Tezpur Lunatic Asylum reports 1877-1894 - 1877-1894
Year: 1877
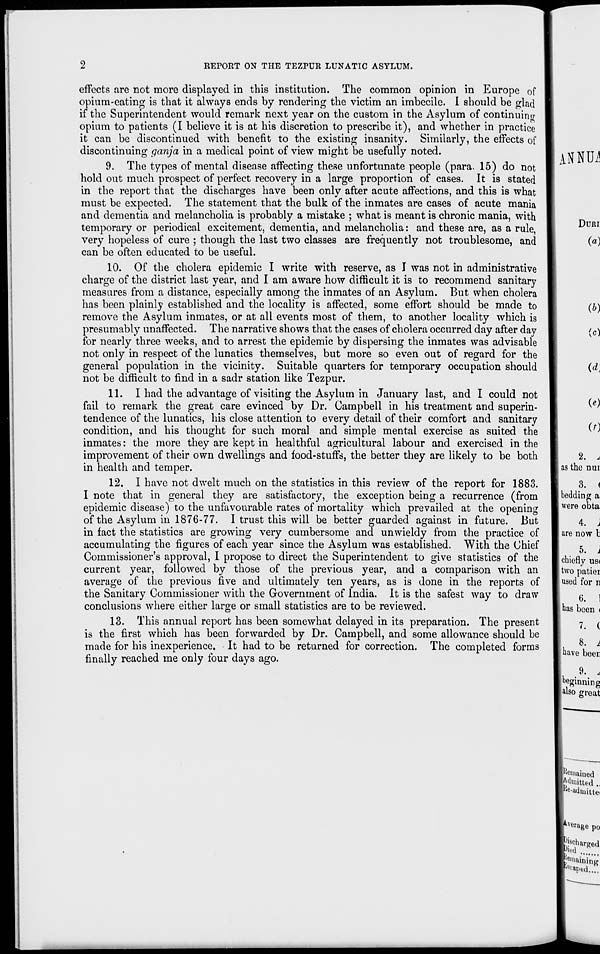
REPORT ON THE TEZPUR LUNATIC ASYLUM.
effects are not more displayed in this institution. The common opinion in Europe of
opium-eating is that it always ends by rendering the victim an imbecile. I should be glad
if the Superintendent would remark next year on the custom in the Asylum of continuing
opium to patients (I believe it is at his discretion to prescribe it), and whether in practice
it can be discontinued with benefit to the existing insanity. Similarly, the effects of
discontinuing ganja in a medical point of view might be usefully noted.
9. The types of mental disease affecting these unfortunate people (para. 15) do not
hold out much prospect of perfect recovery in a large proportion of cases. It is stated
in the report that the discharges have been only after acute affections, and this is what
must be expected. The statement that the bulk of the inmates are cases of acute mania
and dementia and melancholia is probably a mistake ; what is meant is chronic mania, with
temporary or periodical excitement, dementia, and melancholia: and these are, as a rule,
very hopeless of cure ; though the last two classes are frequently not troublesome, and
can be often educated to be useful.
10. Of the cholera epidemic I write with reserve, as I was not in administrative
charge of the district last year, and I am aware how difficult it is to recommend sanitary
measures from a distance, especially among the inmates of an Asylum. But when cholera
has been plainly established and the locality is affected, some effort should be made to
remove the Asylum inmates, or at all events most of them, to another locality which is
presumably unaffected. The narrative shows that the cases of cholera occurred day after day
for nearly three weeks, and to arrest the epidemic by dispersing the inmates was advisable
not only in respect of the lunatics themselves, but more so even out of regard for the
general population in the vicinity. Suitable quarters for temporary occupation should
not be difficult to find in a sadr station like Tezpur.
11. I had the advantage of visiting the Asylum in January last, and I could not
fail to remark the great care evinced by Dr. Campbell in his treatment and superin-
tendence of the lunatics, his close attention to every detail of their comfort and sanitary
condition, and his thought for such moral and simple mental exercise as suited the
inmates: the more they are kept in healthful agricultural labour and exercised in the
improvement of their own dwellings and food-stuffs, the better they are likely to be both
in health and temper.
12. I have not dwelt much on the statistics in this review of the report for 1883.
I note that in general they are satisfactory, the exception being a recurrence (from
epidemic disease) to the unfavourable rates of mortality which prevailed at the opening
of the Asylum in 1876-77. I trust this will be better guarded against in future. But
in fact the statistics are growing very cumbersome and unwieldy from the practice of
accumulating the figures of each year since the Asylum was established. With the Chief
Commissioner's approval, I propose to direct the Superintendent to give statistics of the
current year, followed by those of the previous year, and a comparison with an
average of the previous five and ultimately ten years, as is done in the reports of
the Sanitary Commissioner with the Government of India. It is the safest way to draw
conclusions where either large or small statistics are to be reviewed.
13. This annual report has been somewhat delayed in its preparation. The present
is the first which has been forwarded by Dr. Campbell, and some allowance should be
made for his inexperience. It had to be returned for correction. The completed forms
finally reached me only four days ago.
4. j
j are now t
5. 1
I chiefly us<
| two patiei
1 used for n
6. 1
has been <
7. (
8. 1
[have beer
9. ,
beginning
[also great
Remained
■Emitted ..
jKe-adimtte*